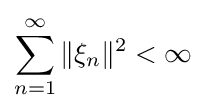
\sum _{n=1}^{\infty }\|\xi _{n}\|^{2}<\infty